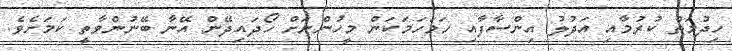
ހިދުމަތް ކުރުމާއި އަދުލު އިންސާފާއި ހަމަހަމަކަން މީހުންނަށް ހޯދައިދޭން އޭނާ ބޭނުންވާތީ ކަމަށެވެ.